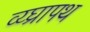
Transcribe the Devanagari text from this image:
व्य्घ्रापथ